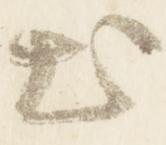
出